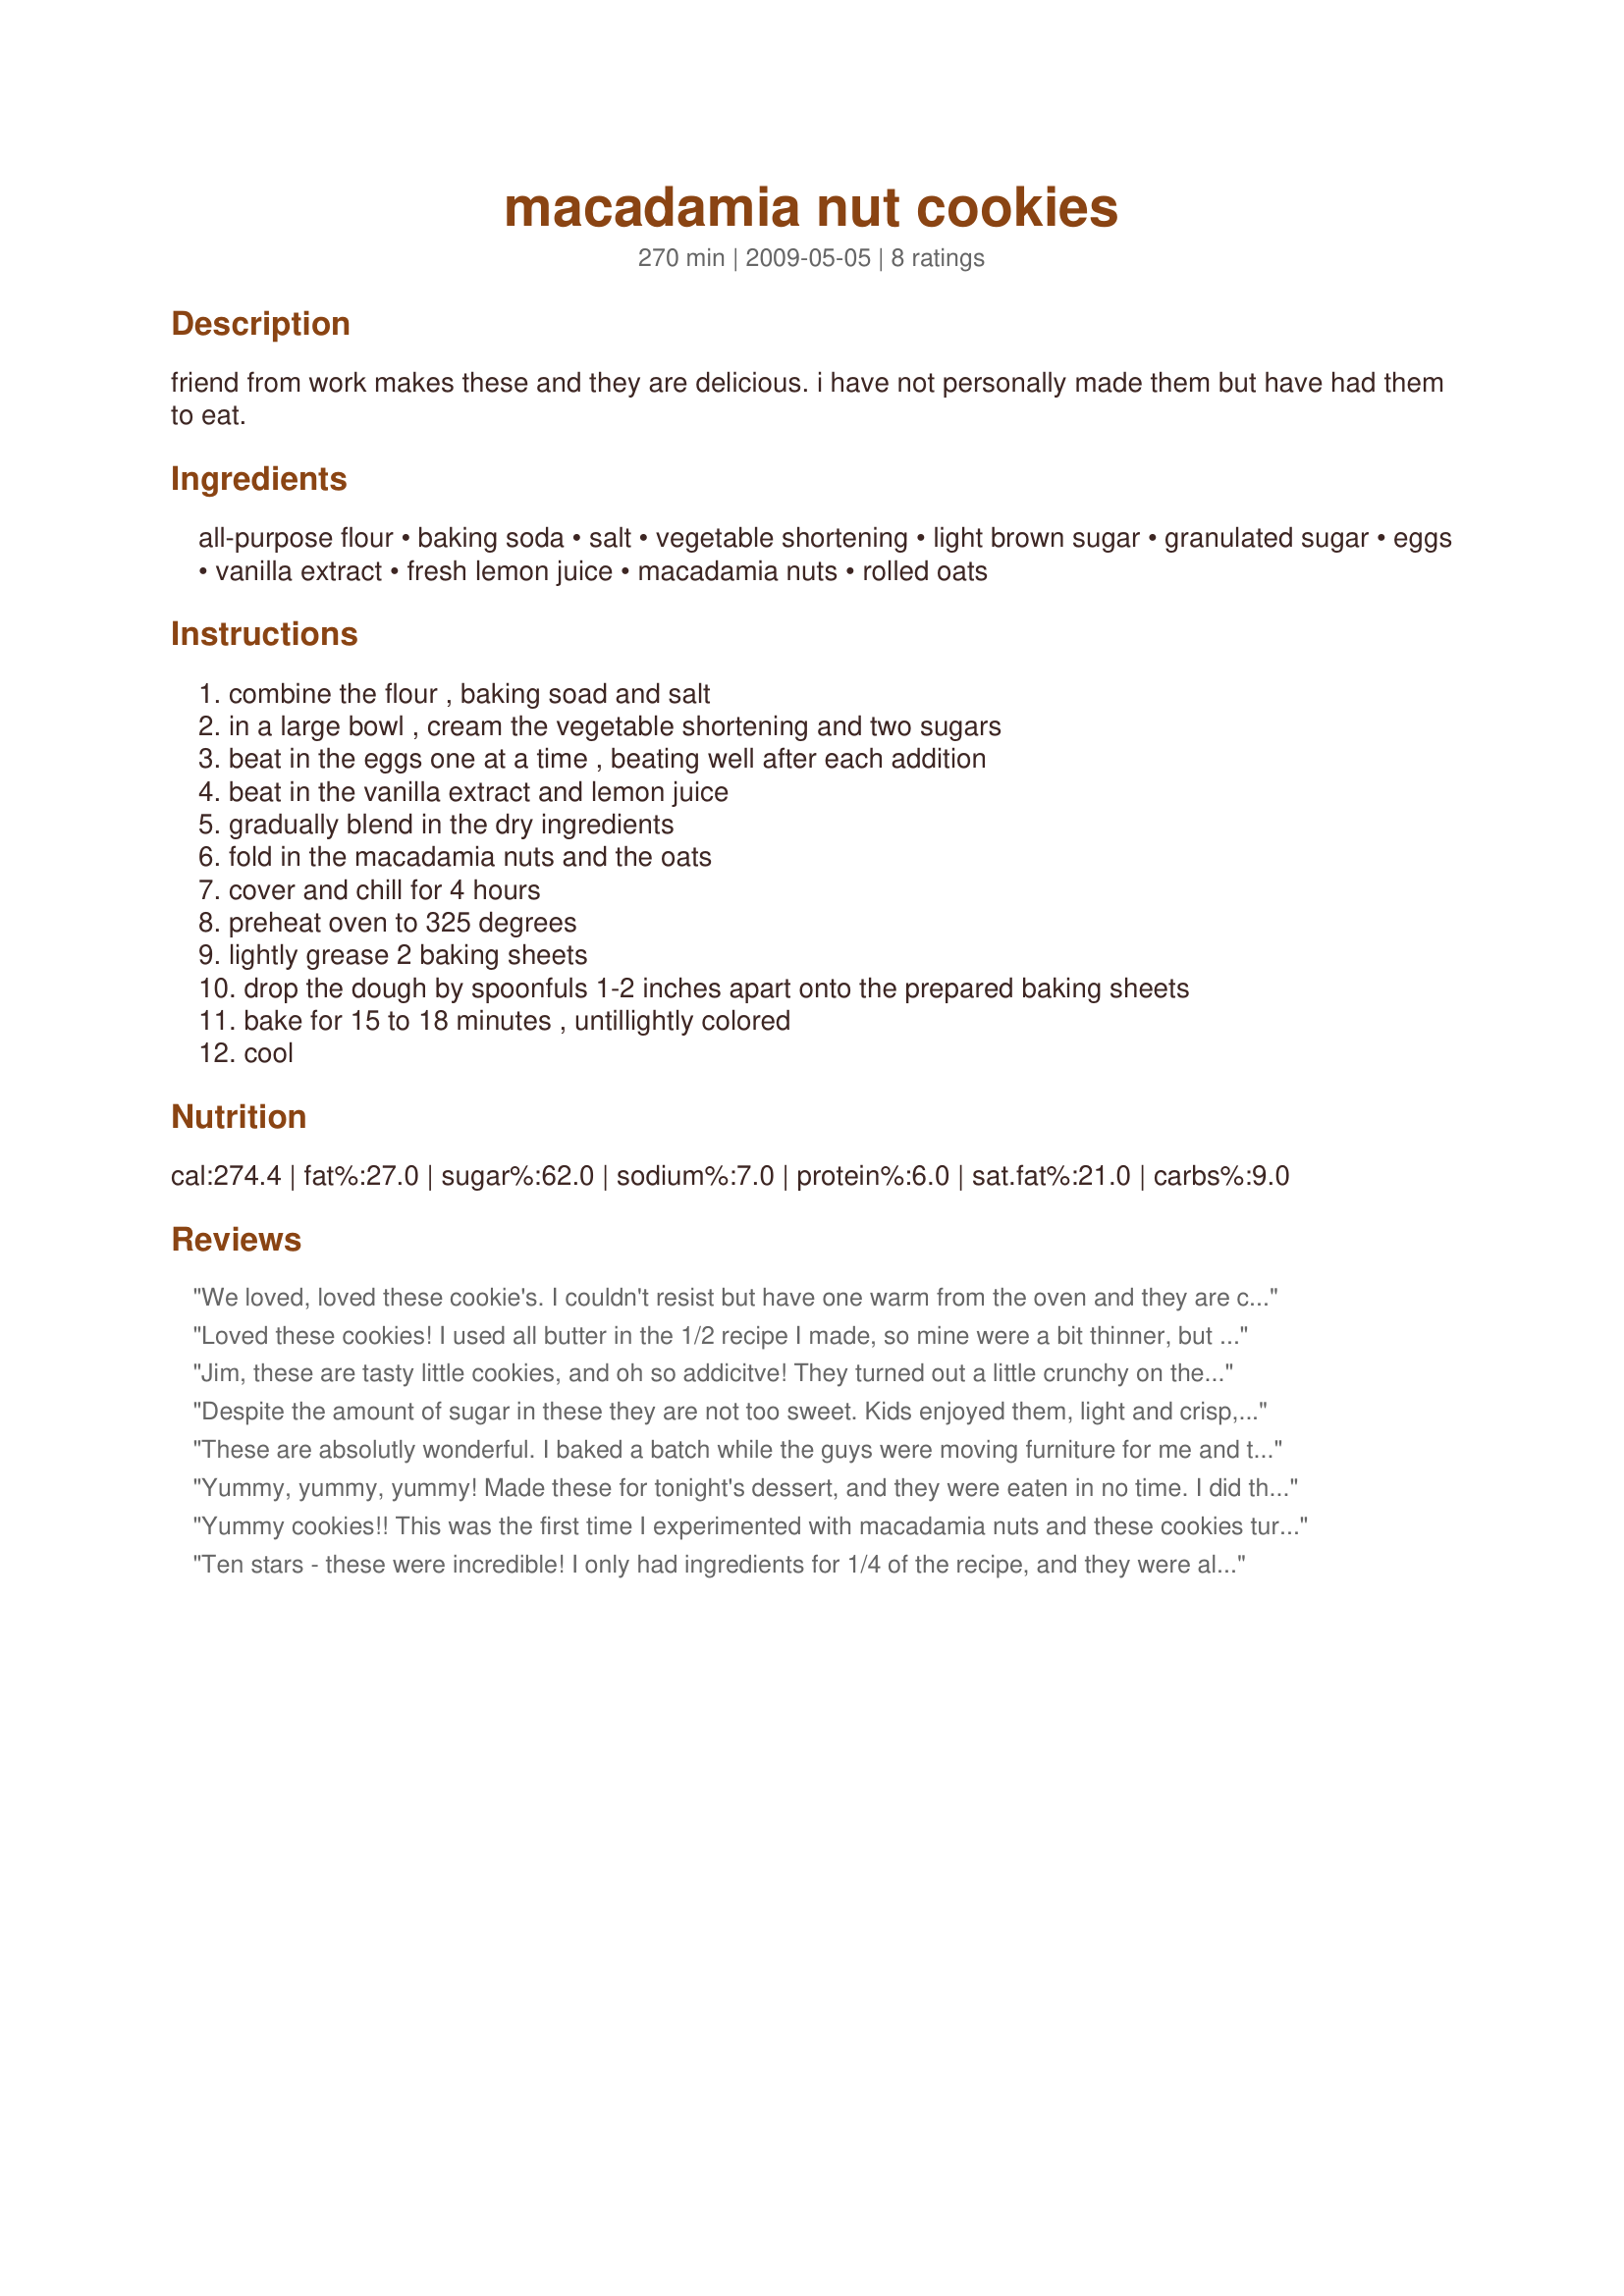
macadamia nut cookies
Preparation time: 270 minutes

friend from work makes these and they are delicious. i have not personally made them but have had them to eat.

Ingredients:
all-purpose flour, baking soda, salt, vegetable shortening, light brown sugar, granulated sugar, eggs, vanilla extract, fresh lemon juice, macadamia nuts, rolled oats

Steps:
combine the flour , baking soad and salt, in a large bowl , cream the vegetable shortening and two sugars, beat in the eggs one at a time , beating well after each addition, beat in the vanilla extract and lemon juice, gradually blend in the dry ingredients, fold in the macadamia nuts and the oats, cover and chill for 4 hours, preheat oven to 325 degrees, lightly grease 2 baking sheets, drop the dough by spoonfuls 1-2 inches apart onto the prepared baking sheets, bake for 15 to 18 minutes , untillightly colored, cool

Reviews:
We loved, loved these cookie's. 
I couldn't resist but have one warm from the oven and they are chewy and moist.
The crunch is there once they cool down though. Lovely recipe Jim and thanks for posting.
Made for the team Dining Daredevils for ZWT5.
Loved these cookies! I used all butter in the 1/2 recipe I made, so mine were a bit thinner, but no matter, still tasty! I baked approx. 1/2 of the 1/2 batch I mixed up and ended with 24, so I should get at least as many out of the ones still in the fridge. I also appreciate a cookie that makes a pretty large batch, as there are always willing 'helpers', for sampling, etc! Thanks for sharing, Maryland Jim!
Jim, these are tasty little cookies, and oh so addicitve! They turned out a little crunchy on the outside, but nice and chewy on the inside. Bakers beware, you'll be tempted to eat a dozen, so I'd recommend making extra ;)
Made for ZWT 5 :)
Despite the amount of sugar in these they are not too sweet. Kids enjoyed them, light and crisp, not heavey and stodgy at all. Made for ZWT8, The Fearless Red Dragons
These are absolutly wonderful. I baked a batch while the guys were moving furniture for me and there wasn't a single cookie left. They all enjoyed them immensely.
Thanks Jim and congrats on your 2009 Football win for Week 1.
Yummy, yummy, yummy! Made these for tonight's dessert, and they were eaten in no time. I did throw in some white chocolate chips because of a request from kids....turned out delicious. I'll make these again! Thanks for sharing.
Yummy cookies!! This was the first time I experimented with macadamia nuts and these cookies turned out great. I made 1/4 of the recipe and used a cookies scoop to make them, which made 21 cookies. The rest of my family aren't fan's of nuts!! My 17 yo DS's friend came over while I was at the store, when I came home he told me how much he liked them!! The only change I made was to use half butter and half shortening for the shortening amount listed. Thanks Jim for sharing a great cookie recipe. Made for ZWT5!!
Ten stars - these were incredible! I only had ingredients for 1/4 of the recipe, and they were all gone before I could even take a photo. I used gluten free all purpose flour and rolled millet to make them gluten free for the Pacific Islands Challenge of the Gluten Free Forum. Didn't have to change any proportions, the recipe could be made gluten free 1:1 and nobody would guess the cookies were gluten free. Thanks for posting this winner, I'll make them again as soon as I can get unsalted macadamias again!<br/>Made for ZWT 7.
